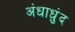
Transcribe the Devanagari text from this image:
अंधाधुंद